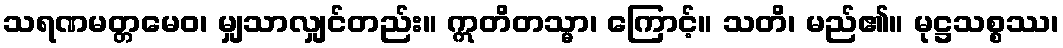
သရဏမတ္တမေဝ၊ မျှသာလျှင်တည်း။ ဣတိတသ္မာ၊ ကြောင့်။ သတိ၊ မည်၏။ မုဋ္ဌသစ္စဿ၊